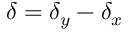
\delta = \delta _ { y } - \delta _ { x }